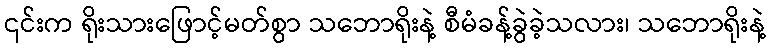
၎င်းက ရိုးသားဖြောင့်မတ်စွာ သဘောရိုးနဲ့ စီမံခန့်ခွဲခဲ့သလား၊ သဘောရိုးနဲ့